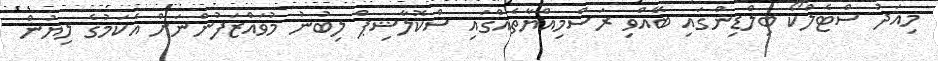
މިއަދު ސްޓެލްކޯ ބިލްޑިންގައި ބޭއްވި ރަސްމިއްޔާތެއްގައި ސްކޮލާޝިޕް ލިބުނު މުވައްޒަފުންނަށް އެކަމުގެ ލިޔުން